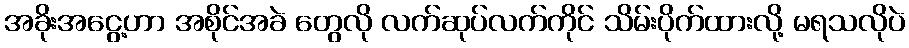
အခိုးအငွေ့ဟာ အစိုင်အခဲ တွေလို လက်ဆုပ်လက်ကိုင် သိမ်းပိုက်ထားလို့ မရသလိုပဲ